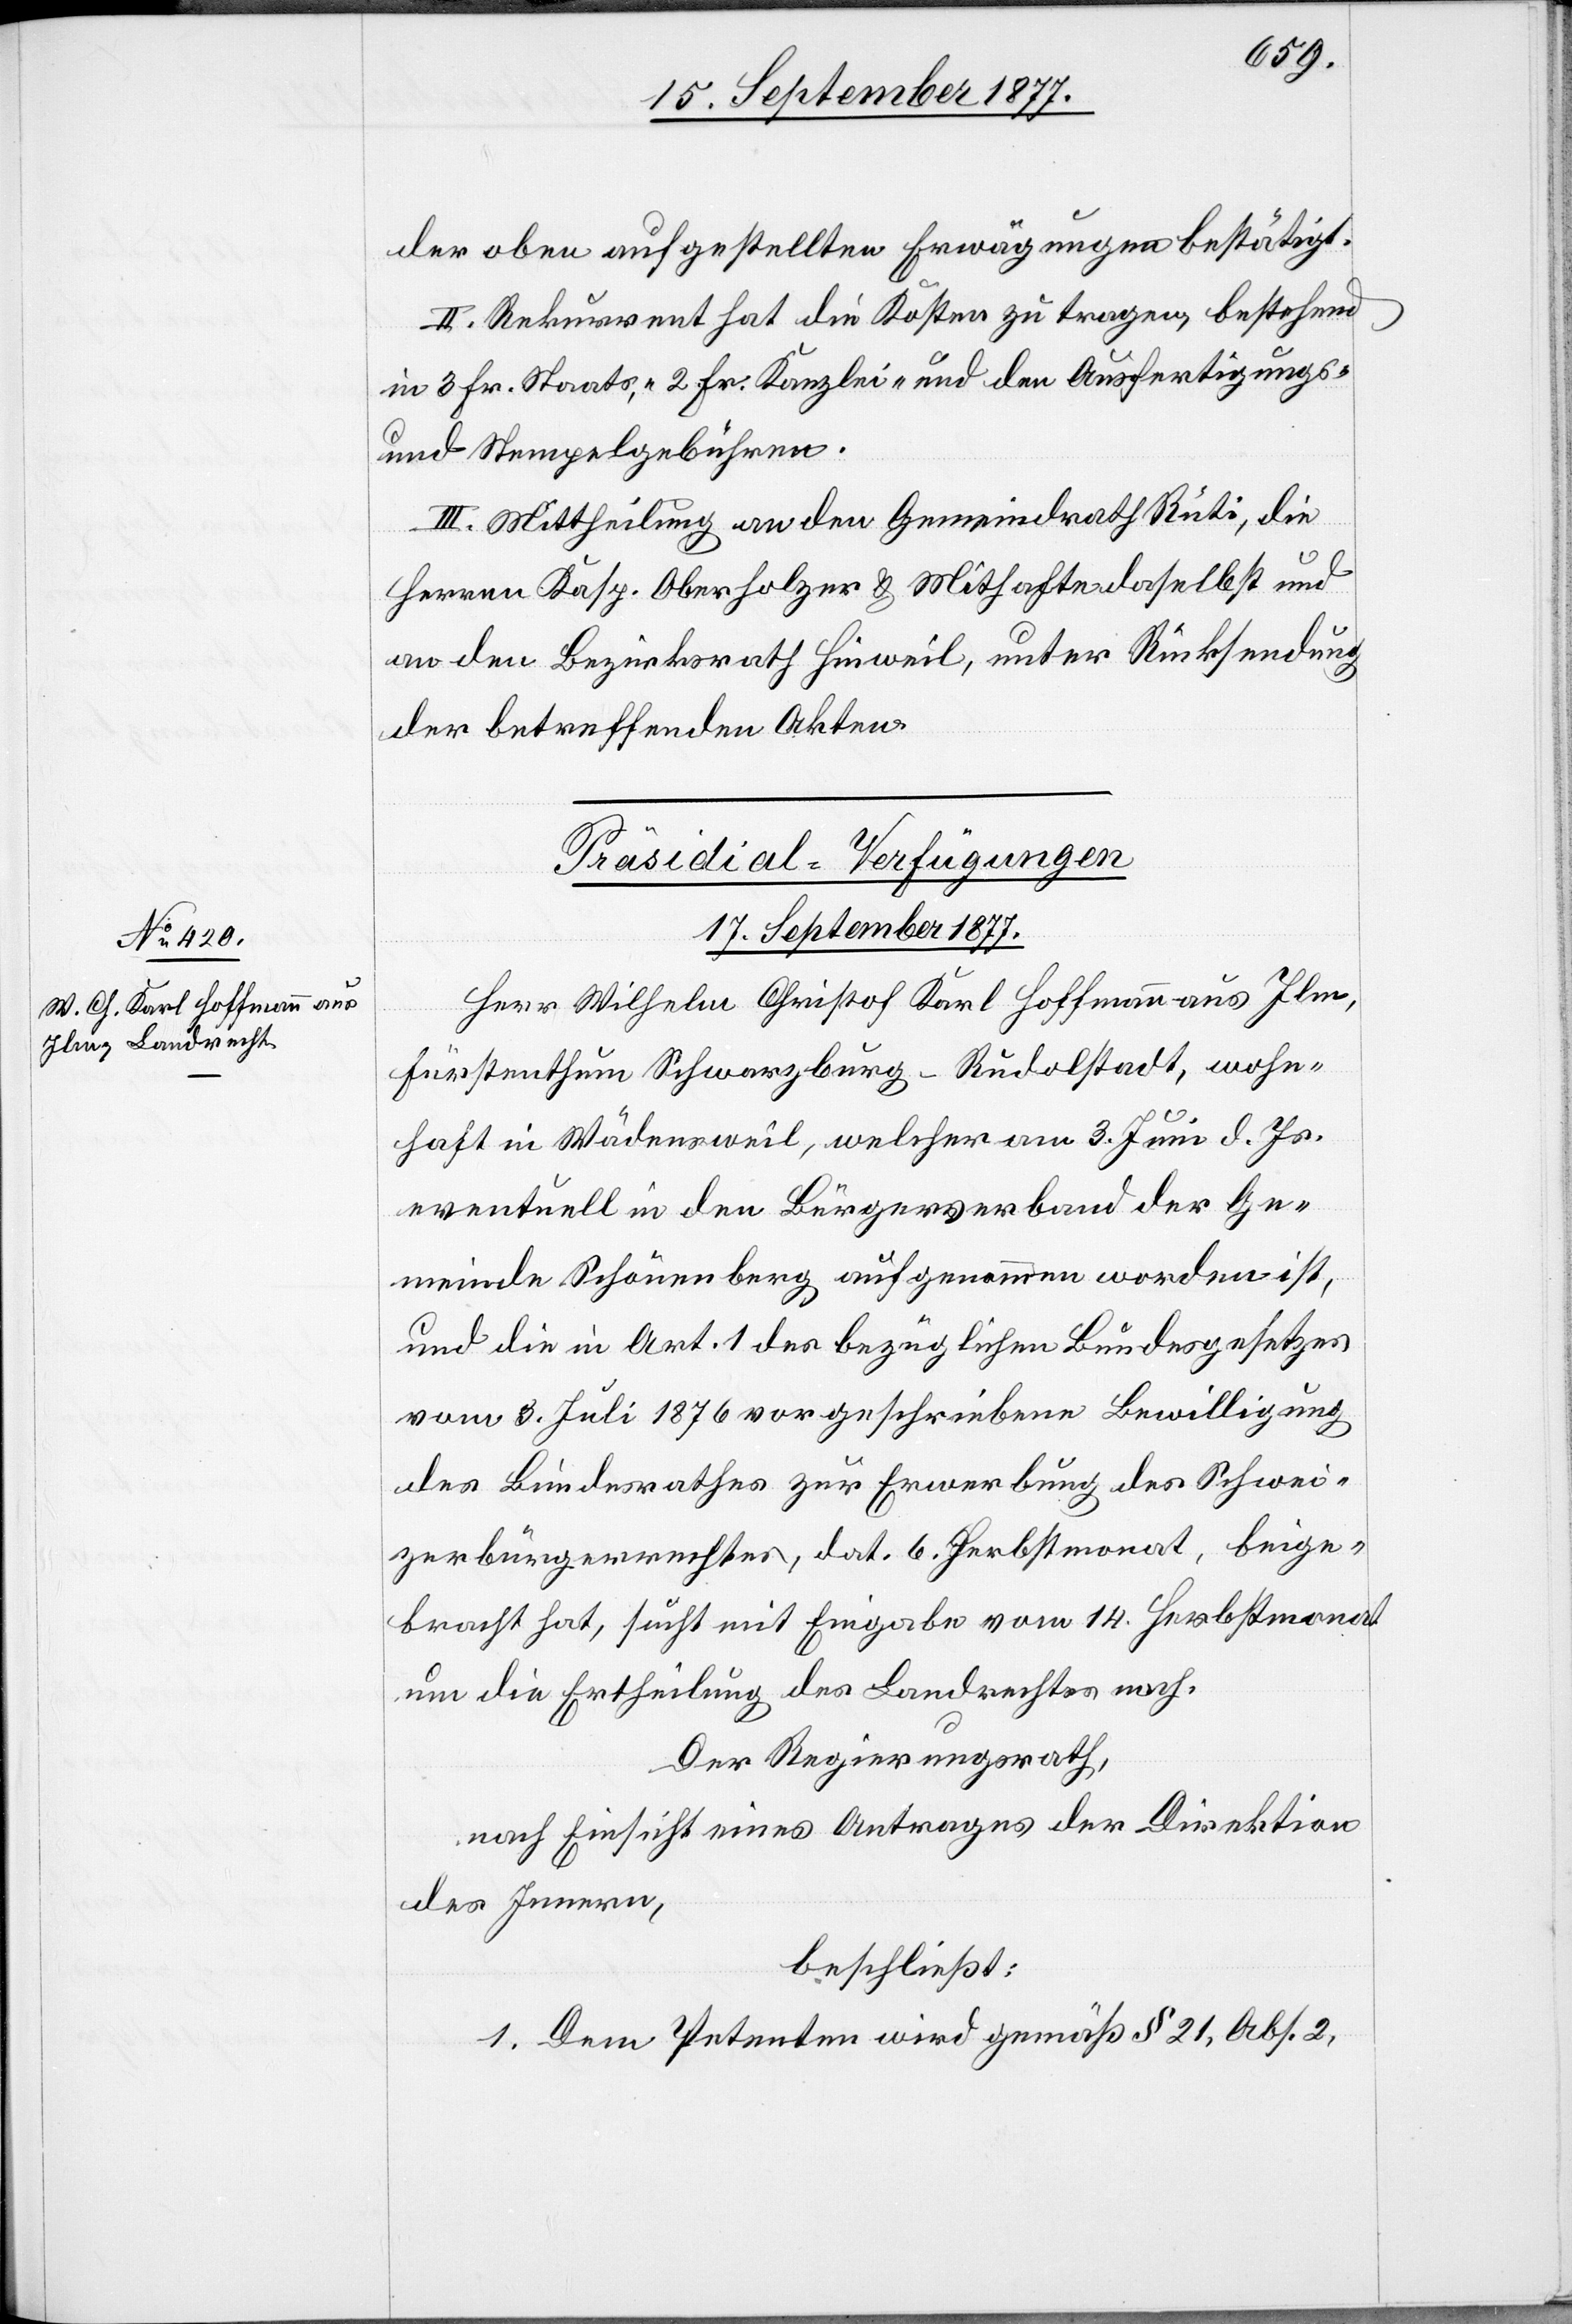
der oben aufgestellten Erwägungen bestätigt.
II. Rekurrent hat die Kosten zu tragen, bestehend
in 3 Fr. Staats-, 2 Fr. Kanzlei- und den Ausfertigungs-
und Stempelgebühren.
III. Mittheilung an den Gemeindrath Rüti, die
Herren Kasp. Oberholzer & Mithafte daselbst und
an den Bezirksrath Hinweil, unter Rücksendung
der betreffenden Akten.
Präsidial-Verfügungen
17. September 1877.
Herr Wilhelm Christof Karl Hoffmann aus Ilm,
Fürstenthum Schwarzenburg - Rudolstadt, wohn¬
haft in Wädensweil, welcher am 3. Juni d. Js.
eventuell in den Bürgerverband der Ge¬
meinde Schönenberg aufgenommen worden ist,
und die in Art. 1 des bezüglichen Bundesgesetzes
vom 3. Juli 1876 vorgeschriebene Bewilligung
des Bundesrathes zur Erwerbung des Schwei¬
zerbürgerrechtes, dat. 6. Herbstmonat, beige¬
bracht hat, sucht mit Eingabe vom 14. Herbstmonat
um die Ertheilung des Landrechtes nach.
Der Regierungsrath,
nach Einsicht eines Antrages der Direktion
des Innern,
beschließt:
1. Dem Petenten wird gemäß § 21, Abs. 2.